Civil Veterinary Department Bihar reports 1936-40 - 1936-1940
Year: 1936
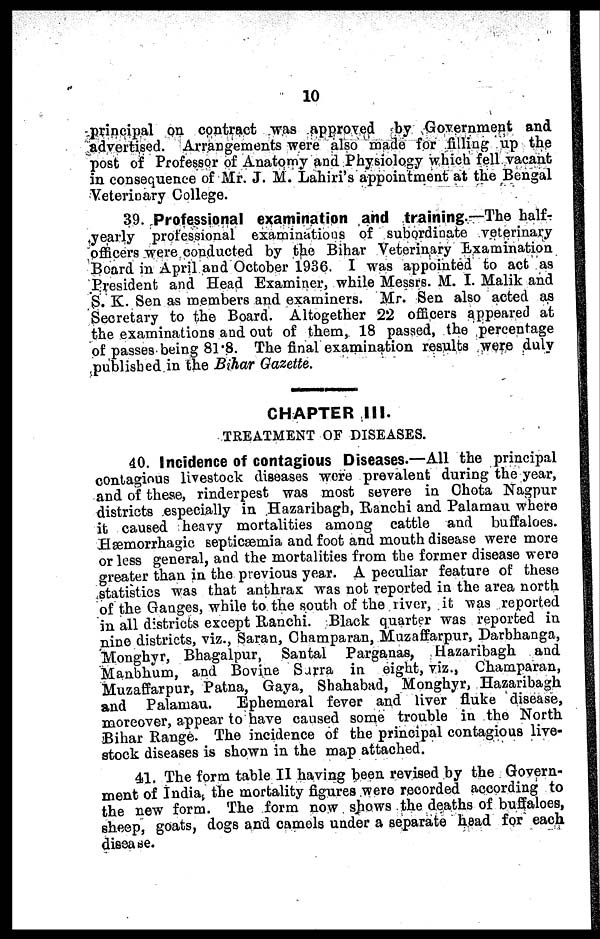
10
principal on contract was approved by Government and
advertised. Arrangements were also made for filling up the
post of Professor of Anatomy and Physiology which fell vacant
in consequence of Mr. J. M. Lahiri's appointment at the Bengal
Veterinary College.
39. Professional examination and training.—The half-
yearly professional examinations of subordinate veterinary
officers were conducted by the Bihar Veterinary Examination
Board in April and October 1936. I was appointed to act as
President and Head Examiner, while Messrs. M. I. Malik and
S. K. Sen as members and examiners. Mr. Sen also acted as
Secretary to the Board. Altogether 22 officers appeared at
the examinations and out of them, 18 passed, the percentage
of passes being 81.8. The final examination results were duly
published in the Bihar Gazette.
CHAPTER III.
TREATMENT OF DISEASES.
40. Incidence of contagious Diseases.—All the principal
contagious livestock diseases wore prevalent during the year,
and of these, rinderpest was most severe in Chota Nagpur
districts especially in Hazaribagb, Ranchi and Palaman where
it caused heavy mortalities among cattle and buffaloes.
Hæmorrhagic septicæmia and foot and mouth disease were more
or less general, and the mortalities from the former disease were
greater than in the previous year. A peculiar feature of these
statistics was that anthrax was not reported in the area north
of the Ganges, while to the south of the river, it was reported
in all districts except Ranchi. Black quarter was reported in
nine districts, viz., Saran, Champaran, Muzaffarpur, Darbhanga,
Monghyr, Bhagalpur, Santal Parganas, Hazaribagh and
Manbhum, and Bovine Sarra in eight, viz., Champaran,
Muzaffarpur, Patna, Gaya, Shahabad, Monghyr, Hazaribagh
and Palamau.
Ephemeral fever and liver fluke disease,
moreover, appear to have caused some trouble in the North
Bihar Range. The incidence of the principal contagious live-
stock diseases is shown in the map attached.
41. The form table II having been revised by the Govern-
ment of India, the mortality figures were recorded according to
the new form. The form now shows the deaths of buffaloes,
sheep, goats, dogs and camels under a separate head for each
disease.